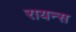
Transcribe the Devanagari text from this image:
रायन्स